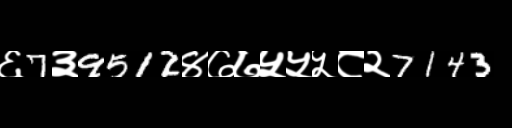
Text: ६7३9512४७७५५५८२7143